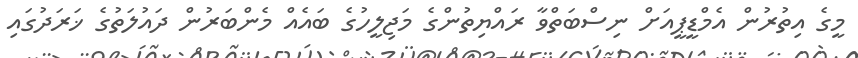
މީގެ އިތުރުން އެމްޑީޕީއަށް ނިސްބަތްވާ ރައްޔިތުންގެ މަޖިލީހުގެ ބައެއް މެންބަރުން ދައުލަތުގެ ޚަރަދުގައި